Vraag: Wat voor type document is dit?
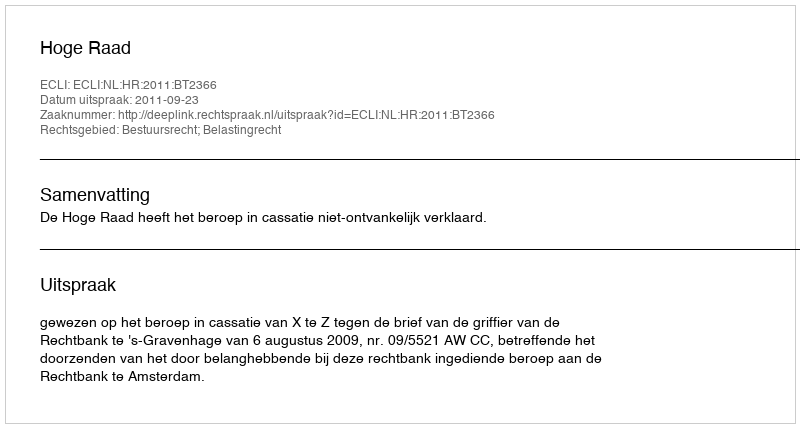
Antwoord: Uitspraak